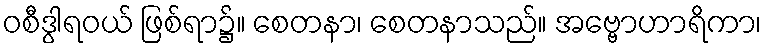
ဝစီဒွါရဝယ် ဖြစ်ရာ၌။ စေတနာ၊ စေတနာသည်။ အဗ္ဗောဟာရိကာ၊